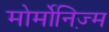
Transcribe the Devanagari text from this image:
मोर्मोनिज्‍़म